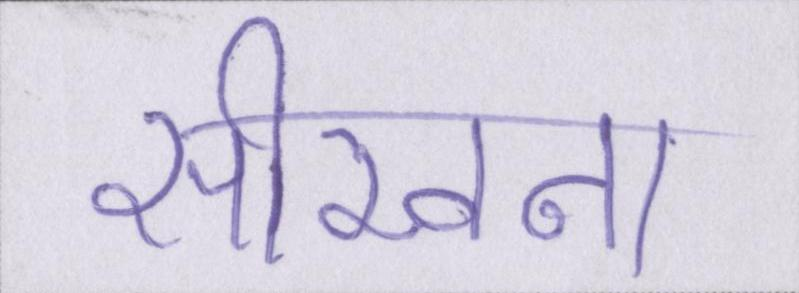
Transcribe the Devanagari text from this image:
सीखना